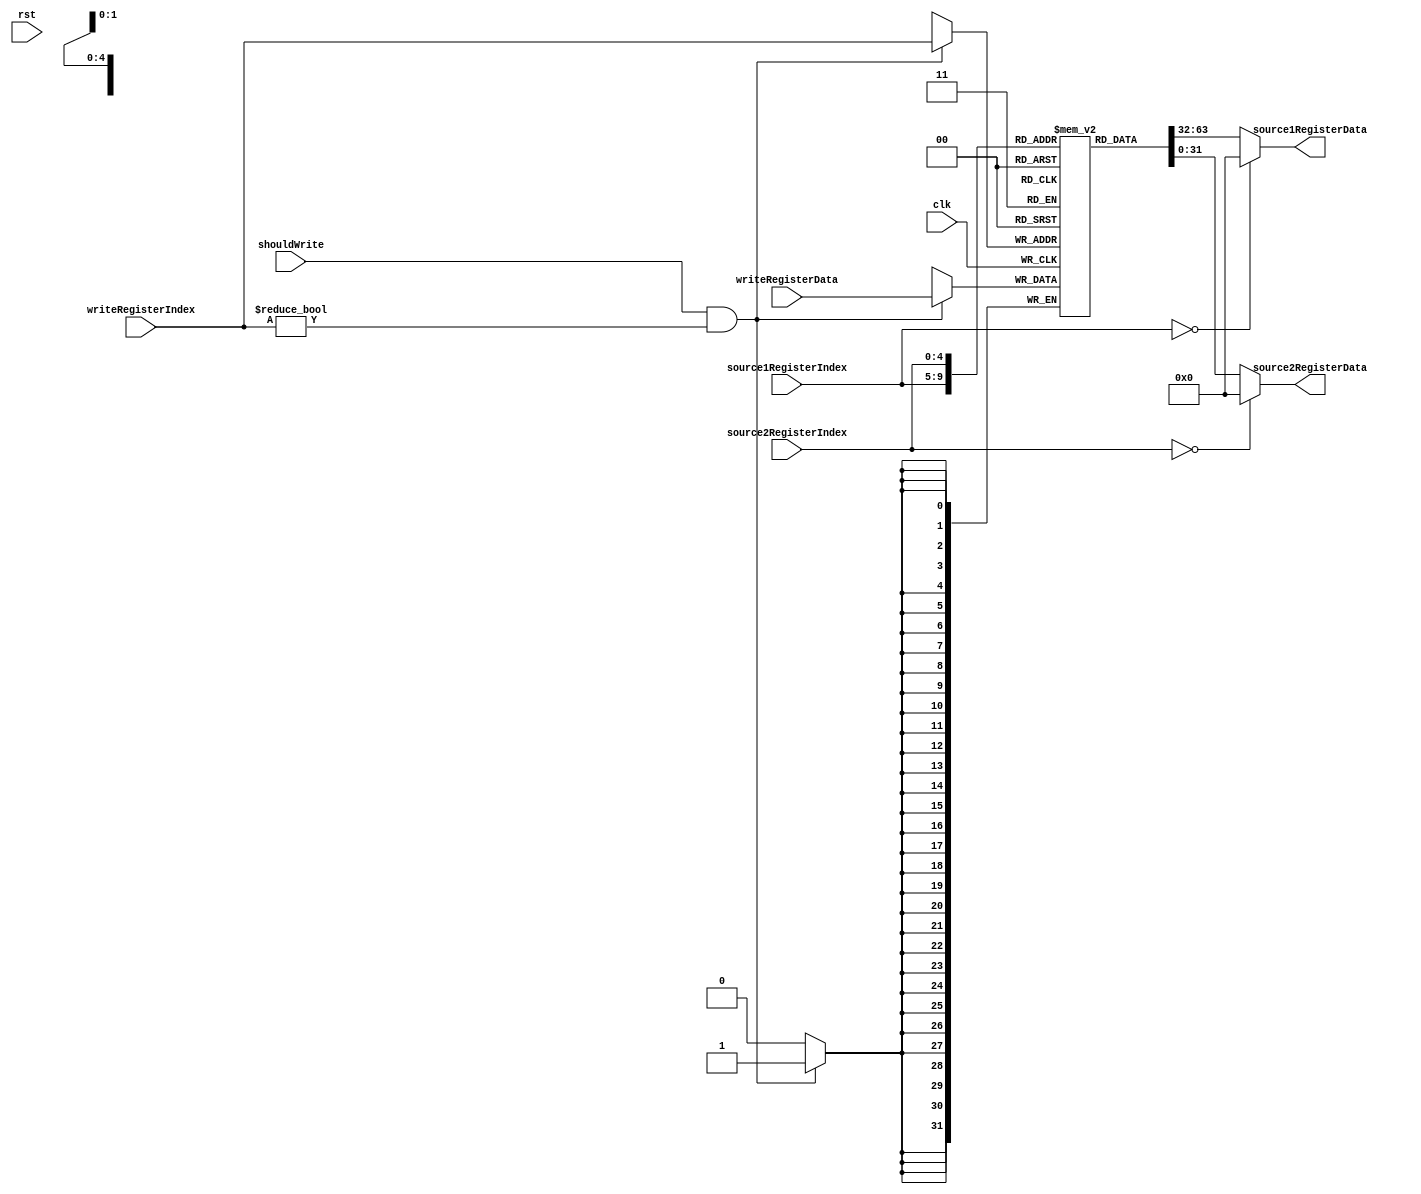
module RegisterFile(
  input clk,
  input rst,
  input [4:0] source1RegisterIndex,
  input [4:0] source2RegisterIndex, 
  input [4:0] writeRegisterIndex,
  input [31:0] writeRegisterData,
  input shouldWrite,
  output [31:0] source1RegisterData,
  output [31:0] source2RegisterData
);
reg [31:0] registers [0:31] /* synthesis syn_ramstyle ="block_ram" */;

assign source1RegisterData = (source1RegisterIndex == 0) ? 0 : registers[source1RegisterIndex];
assign source2RegisterData = (source2RegisterIndex == 0) ? 0 : registers[source2RegisterIndex];

integer i;
// Writing at the falling edge solves the structural hazard of reading and writing at the same clock
always @(negedge clk) begin
  // This forces the synthetizer to not use ram cells, which break the timing for some reason???
//  if (rst == 1) begin
//    for (i = 1; i < 32; i = i + 1) begin
//      registers[i] <= 0;
//    end
//  end

  if (shouldWrite == 1 && (writeRegisterIndex != 0)) begin
    registers[writeRegisterIndex] <= writeRegisterData;
  end
end

endmodule